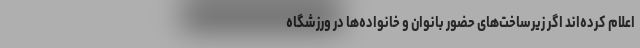
اعلام کرده‌اند اگر زیرساخت‌های حضور بانوان و خانواده‌ها در ورزشگاه